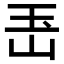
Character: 𤣶